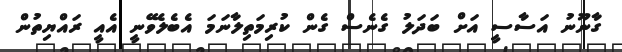
ގާނޫނު އަސާސީ އަށް ބަދަލު ގެނެސް ގެން ކުރިމަތިލާނަމަ އެބެލެވޭނީ އެއީ ރައްޔިތުން